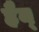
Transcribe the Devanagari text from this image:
हैन्